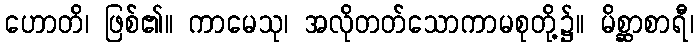
ဟောတိ၊ ဖြစ်၏။ ကာမေသု၊ အလိုတတ်သောကာမစုတို့၌။ မိစ္ဆာစာရီ၊